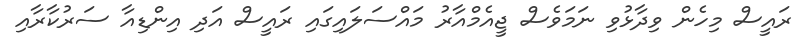
ރައީސް މިހެން ވިދާޅުވި ނަމަވެސް ޖީއެމްއާރު މައްސަލައިގައި ރައީސް އަދި އިންޑިއާ ސަރުކާރާއި